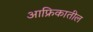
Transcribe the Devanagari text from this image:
आफ्रिकातील